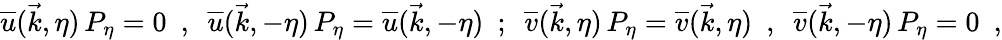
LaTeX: \overline{{{u}}}(\vec{k},\eta)\, P_{\eta}=0\ \ ,\ \ \overline{{{u}}}(\vec{k},-\eta)\, P_{\eta}=\overline{{{u}}}(\vec{k},-\eta)\ \ ;\ \ \overline{{{v}}}(\vec{k},\eta)\, P_{\eta}=\overline{{{v}}}(\vec{k},\eta)\ \ ,\ \ \overline{{{v}}}(\vec{k},-\eta)\, P_{\eta}=0\ \ ,